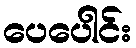
ပေပေါင်း